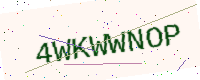
Text: 4WKWWNOP